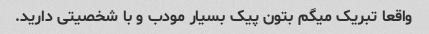
واقعا تبریک میگم بتون پیک بسیار مودب و با شخصیتی دارید.